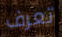
تعرف